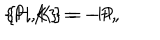
\{ \mathrm { P } , \mathrm { K } \} = - \mathrm { H } , \hspace { 5 m m } \{ \mathrm { H } , \mathrm { K } \} = - \mathrm { P } ,